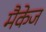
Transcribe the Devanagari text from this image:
मैकेज